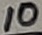
Text: 10